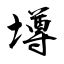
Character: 壿